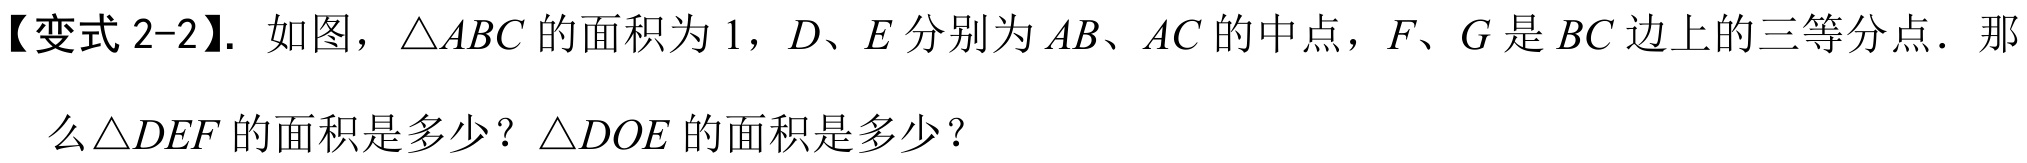
【变式2-2】. 如图，\(\triangle ABC\)的面积为\(1\)，\(D、E\)分别为\(AB、AC\)的中点，\(F、G\)是\(BC\)边上的三等分点．那么\(\triangle DEF\)的面积是多少？\(\triangle DOE\)的面积是多少？